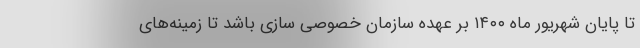
تا پایان شهریور ماه ۱۴۰۰ بر عهده سازمان خصوصی سازی باشد تا زمینه‌های